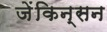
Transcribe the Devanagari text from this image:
जेंकिन्सन